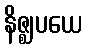
နိဇ္ဈပယေ